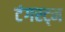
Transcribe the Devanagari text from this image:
टंगस्ट्न